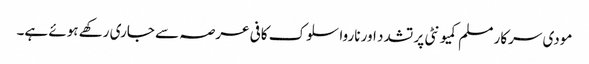
مودی سرکار مسلم کمیونٹی پر تشدد اور ناروا سلوک کافی عرصہ سے جاری رکھے ہوئے ہے۔